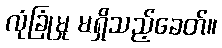
လုံခြုံမှု မရှိသည့်ခေတ်။